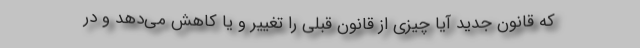
که قانون جدید آیا چیزی از قانون قبلی را تغییر و یا کاهش می‌دهد و در